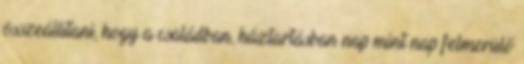
összeállítani, hogy a családban, háztartásban nap mint nap felmerülő